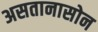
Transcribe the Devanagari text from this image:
असतानासोन